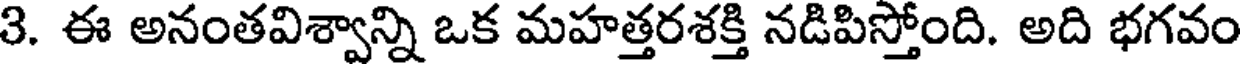
3. ఈ అనంతవిశ్వాన్ని ఒక మహత్తరశక్తి నడిపిస్తోంది. అది భగవం